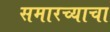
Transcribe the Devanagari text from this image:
समारच्याचा